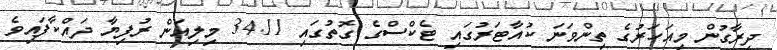
ދިރާގުން މިއަހަރުގެ ތިންވަނަ ކުއާޓަރުގައި ޓެކްސްގެ ގޮތުގައި 34.11 މިލިއަން ރުފިޔާ ދައްކާފައިވެ